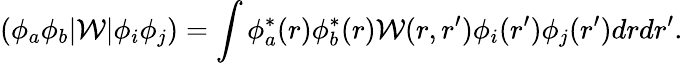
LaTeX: (\phi_{a}\phi_{b}|\mathcal{W}|\phi_{i}\phi_{j})=\int\phi_{a}^{*}(r)\phi_{b}^{*}(r)\mathcal{W}(r,r^{\prime})\phi_{i}(r^{\prime})\phi_{j}(r^{\prime})drdr^{\prime}.